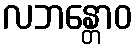
လဘန္တောဝ